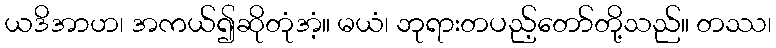
ယဒိအာဟ၊ အကယ်၍ဆိုတုံအံ့။ မယံ၊ ဘုရားတပည့်တော်တို့သည်။ တဿ၊